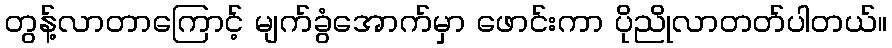
တွန့်လာတာကြောင့် မျက်ခွံအောက်မှာ ဖောင်းကာ ပိုညိုလာတတ်ပါတယ်။